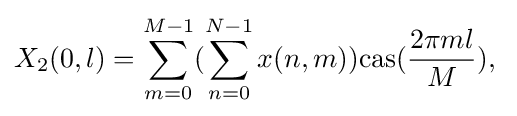
X_{2}(0,l)=\sum _{m=0}^{M-1}(\sum _{n=0}^{N-1}x(n,m)){\rm {cas}}({\frac {2\pi ml}{M}}),\;